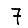
Digit: 7